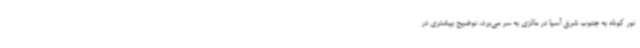
تور کوتاه به جنوب شرق آسیا در مالزی به سر می‌برد، توضیح بیشتری در